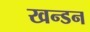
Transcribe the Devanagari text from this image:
खन्डन